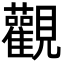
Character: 觀